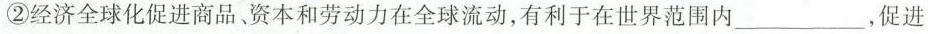
②经济全球化促进商品、资本和劳动力在全球流动，有利于在世界范围内___，促进